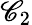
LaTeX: \mathscr{C}_{2}